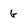
Character: G